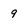
Character: 9